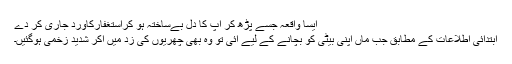
ایسا واقعہ جسے پڑھ کر آپ کا دل بےساختہ ہو کراستغفارکاورد جاری کر دے
ابتدائی اطلاعات کے مطابق جب ماں اپنی بیٹی کو بچانے کے لیے آئی تو وہ بھی چھریوں کی زد میں آکر شدید زخمی ہوگئیں۔